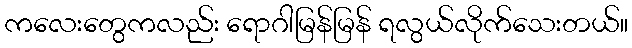
ကလေးတွေကလည်း ရောဂါမြန်မြန် ရလွယ်လိုက်သေးတယ်။